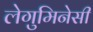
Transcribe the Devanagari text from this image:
लेगुमिनेसी